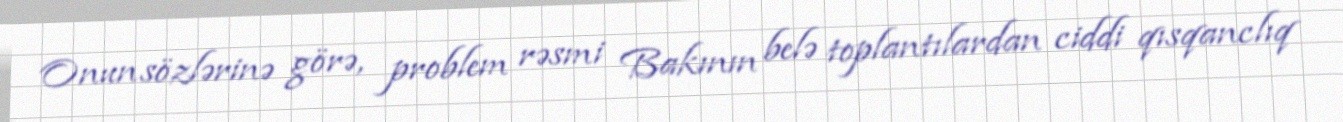
Onun sözlərinə görə, problem rəsmi Bakının belə toplantılardan ciddi qısqanclıq